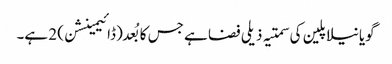
گویا نیلا پلین کی سمتیہ ذیلی فضا ہے جس کا بُعد (ڈائیمینشن) 2 ہے۔